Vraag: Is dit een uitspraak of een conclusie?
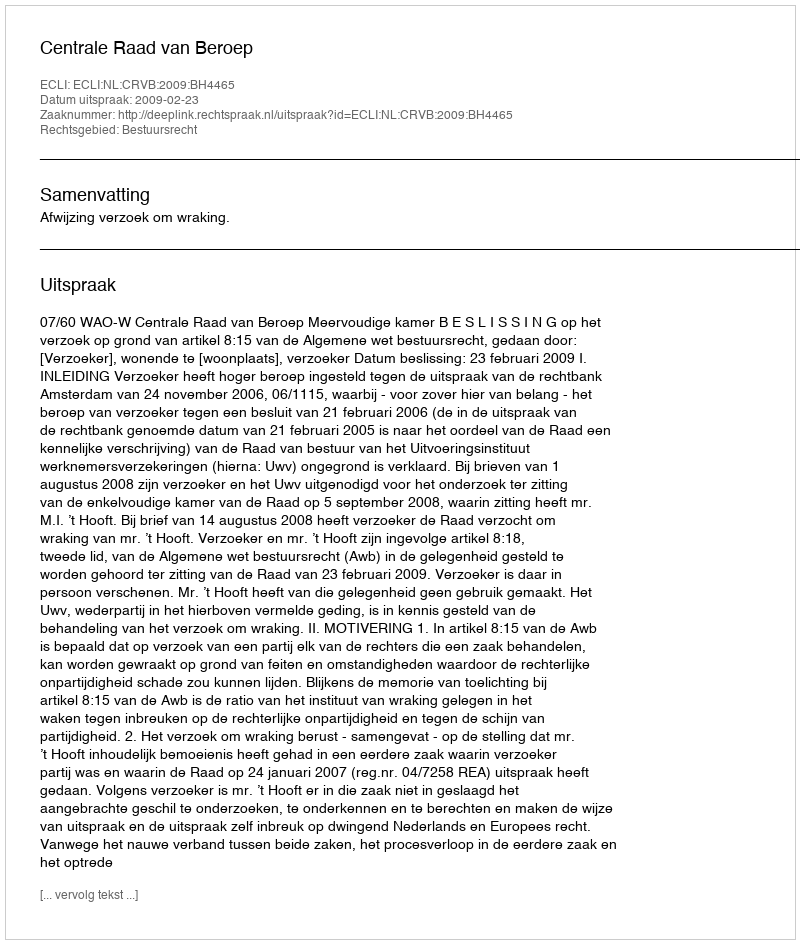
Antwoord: Uitspraak